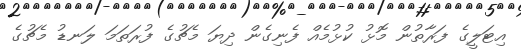
އިޓަލީގެ ފަރާތުން މޮޅު ކުޅުމެއް ފެނިގެން ދިޔަ މެޗުގެ ފުރަތަމަ ލަނޑު މެޗުގެ